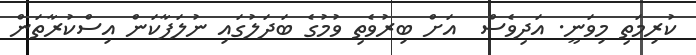
ކުރިމަތި މިވަނީ. އަދިވެސް  އަށް ބިރުވެތި ވުމުގެ ބަދަލުގައި ނުލަފާކަން އިސްކުރާތަން